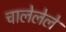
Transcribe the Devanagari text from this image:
चालेलेले